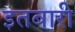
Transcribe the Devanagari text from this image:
इतबारी